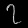
Digit: ၇